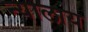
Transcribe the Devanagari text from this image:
न्यालाय